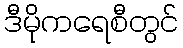
ဒီမိုကရေစီတွင်